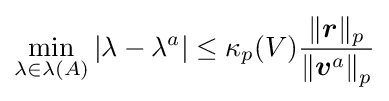
\min _{\lambda \in \lambda (A)}\left|\lambda -\lambda ^{a}\right|\leq \kappa _{p}(V){\frac {\|{\boldsymbol {r}}\|_{p}}{\left\|{\boldsymbol {v}}^{a}\right\|_{p}}}